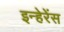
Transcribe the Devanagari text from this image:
इन्हेरेंस